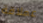
عملاقة